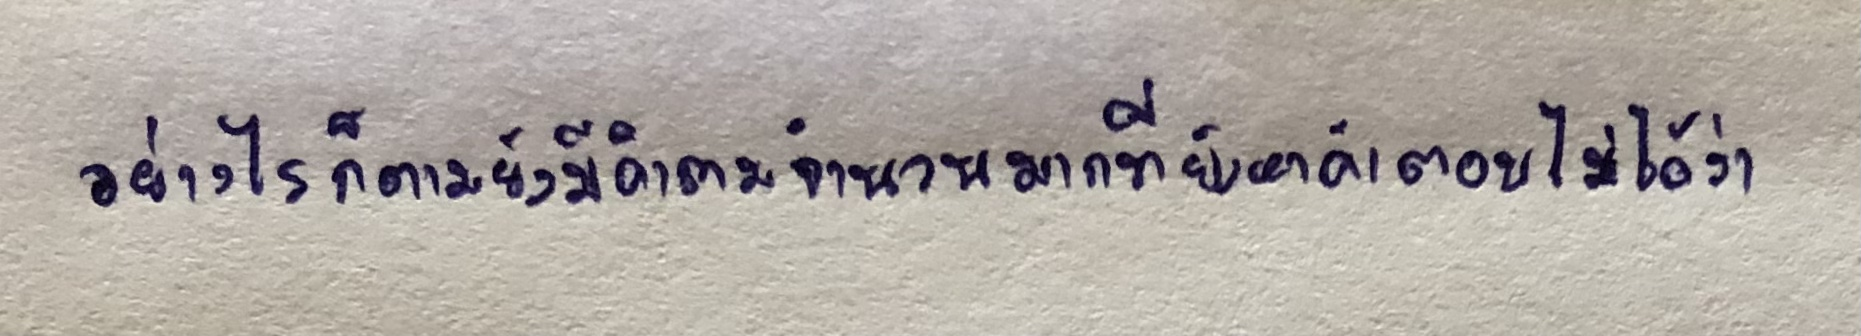
อย่างไรก็ตามยังมีคำถามจำนวนมากที่ยังหาคำตอบไม่ได้ว่า